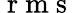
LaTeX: \mathrm{~r~m~s~}